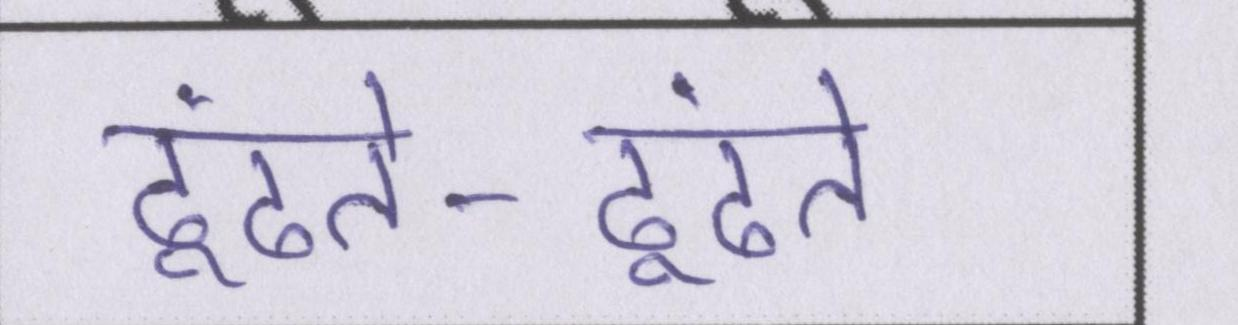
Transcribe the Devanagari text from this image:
ढूंढते-ढूंढते